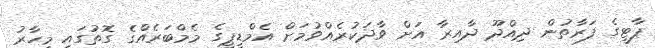
ޕާޓީގެ ފަރާތުން ދިއްދޫ ދާއިރާ އަށް ވާދަކުރެއްވުމަށް އެމްޑީޕީގެ މެމްބަރެއްގެ ގޮތުގައި މިހާރު